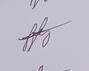
Signature authenticity: genuine